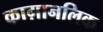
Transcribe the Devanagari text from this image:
काग़ानलिक